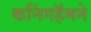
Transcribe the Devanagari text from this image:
कनिंगहॅमने